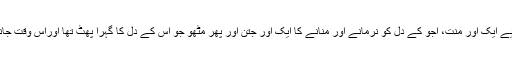
ابھی کتنا کچھ باقی تھا منتوں سے مانگے آچھو کی نرینہ اولاد کے لیے ایک اور منت، اجُو کے دل کو نرمانے اور منانے کا ایک اور جتن اور پھر مٹھو جو اس کے دل کا گہرا پھٹ تھا اوراس وقت جانے کن برفیلے ملکوں میں کس قید میں پڑا ہو گا یا کہیں ہو گا بھی یا۔